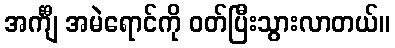
အင်္ကျီ အမဲရောင်ကို ဝတ်ပြီးသွားလာတယ်။